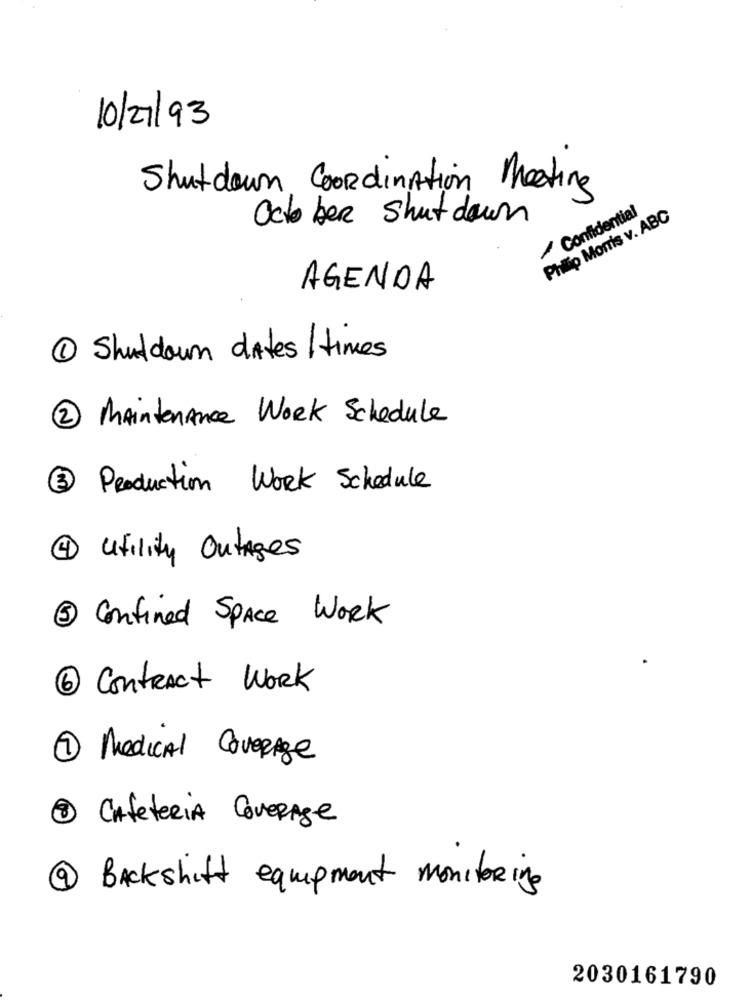
10/21/93
Shutdown Coordination Meeting
/ Confidential
October shut down
Philip Morris v. ABC
AGENDA
1 Shutdown dates / times
2 Maintenance Work Schedule
3 Production Work Schedule
4 utility Outages
5 Confined Space Work
6 Contract WORK
1 Medical Coverage
3 CAFETERÍA COVERAge
@ Backshift equipment monitoring
2030161790